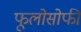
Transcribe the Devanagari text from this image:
फूलोसोफी